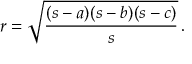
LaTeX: r = { \sqrt { \frac { ( s - a ) ( s - b ) ( s - c ) } { s } } } \, .